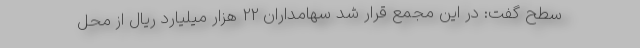
سطح گفت: در این مجمع قرار شد سهامداران 22 هزار میلیارد ریال از محل